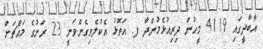
އާބާދީގައި 4119 މީހުން ދިރިއުޅެމުންދާ ފ. އަތޮޅު އެކުލެވިގެންވަނީ 23 ރަށުގެ މައްޗަށް